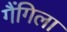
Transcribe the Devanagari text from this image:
गैंगिला